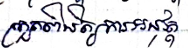
ត្រួតពិនិត្យការអនុវត្ត